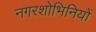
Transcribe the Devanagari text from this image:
नगरशोभिनियों